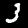
Digit: 3